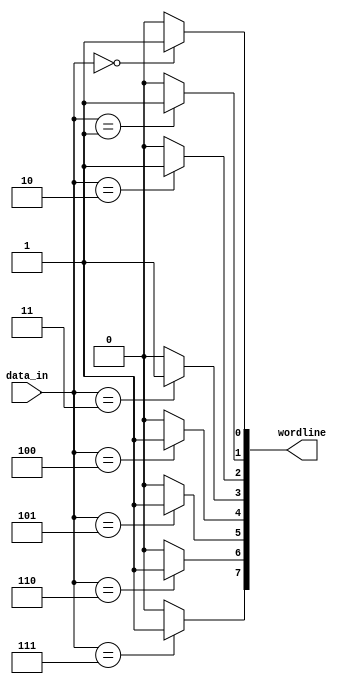
module Decoder3to8 (

    input [2:0] data_in,
    output [7:0] wordline

);

    assign wordline[0] = (data_in == 3'h0) ? 1 : 0;
    assign wordline[1] = (data_in == 3'h1) ? 1 : 0;
    assign wordline[2] = (data_in == 3'h2) ? 1 : 0;
    assign wordline[3] = (data_in == 3'h3) ? 1 : 0;
    assign wordline[4] = (data_in == 3'h4) ? 1 : 0;
    assign wordline[5] = (data_in == 3'h5) ? 1 : 0;
    assign wordline[6] = (data_in == 3'h6) ? 1 : 0;
    assign wordline[7] = (data_in == 3'h7) ? 1 : 0;

endmodule